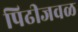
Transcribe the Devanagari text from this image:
पिढीजवळ